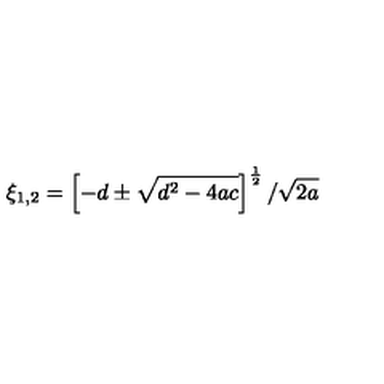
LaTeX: \xi _ { 1 , 2 } = \left[ - d \pm \sqrt { d ^ { 2 } - 4 a c } \right] ^ { \frac 1 2 } / \sqrt { 2 a }